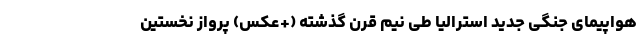
هواپیمای جنگی جدید استرالیا طی نیم قرن گذشته (+عکس) پرواز نخستین